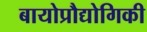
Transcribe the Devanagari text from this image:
बायोप्रौद्योगिकी